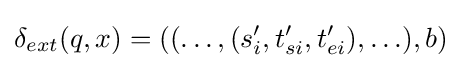
\delta _{ext}(q,x)=((\ldots ,(s_{i}',t_{si}',t_{ei}'),\ldots ),b)